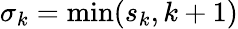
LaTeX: \sigma_{k}=\operatorname*{min}(s_{k},k+1)